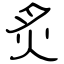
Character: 炙